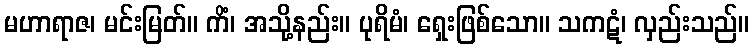
မဟာရာဇ၊ မင်းမြတ်။ ကိံ၊ အသို့နည်း။ ပုရိမံ၊ ရှေးဖြစ်သော။ သကဋံ၊ လှည်းသည်။